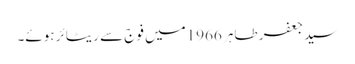
سید جعفر طاہر 1966میں فوج سے ریٹائر ہوئے۔